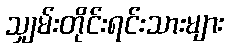
သျှမ်းတိုင်းရင်းသားများ